Document type: Grant of rights
Year: 1326
Scribe: Bernat de Vilarúbia
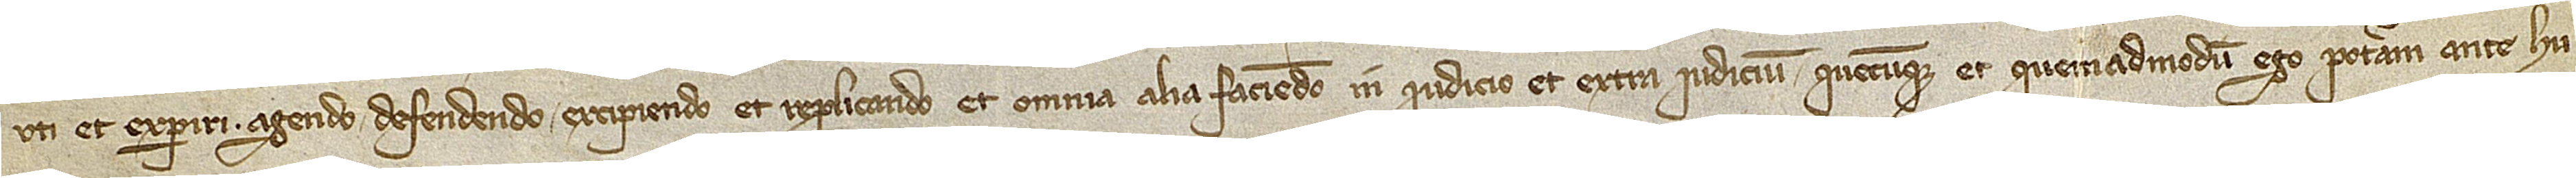
uti et experiri, agendo, defendendo, excipiendo et replicando et omnia alia faciendo, in iudicio et extra iudicium, quecumque et quemadmodum ego poteram ante hu-